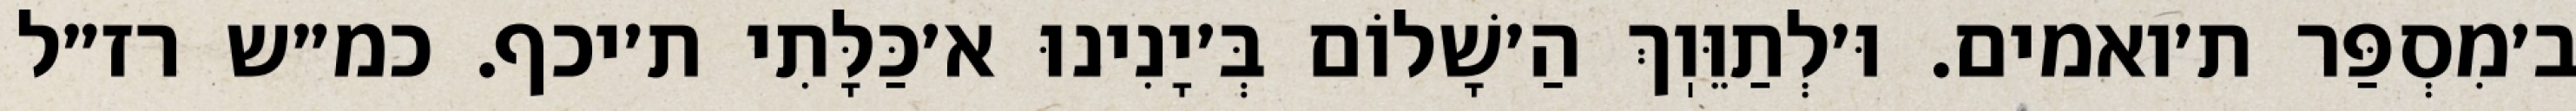
ב׳מִסְפַּר ת׳ואמים. וּ׳לְתַוֵּוֽךְ הַ׳שָׁלוֹם בְּ׳יָנִינוּ א׳כַּלָּתִי ת׳יכף. כמ״ש רז״ל